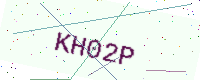
Text: KH02P